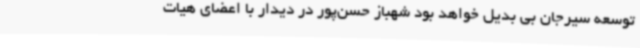
توسعه سیرجان بی بدیل خواهد بود شهباز حسن‌پور در دیدار با اعضای هیات